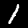
Label: 1